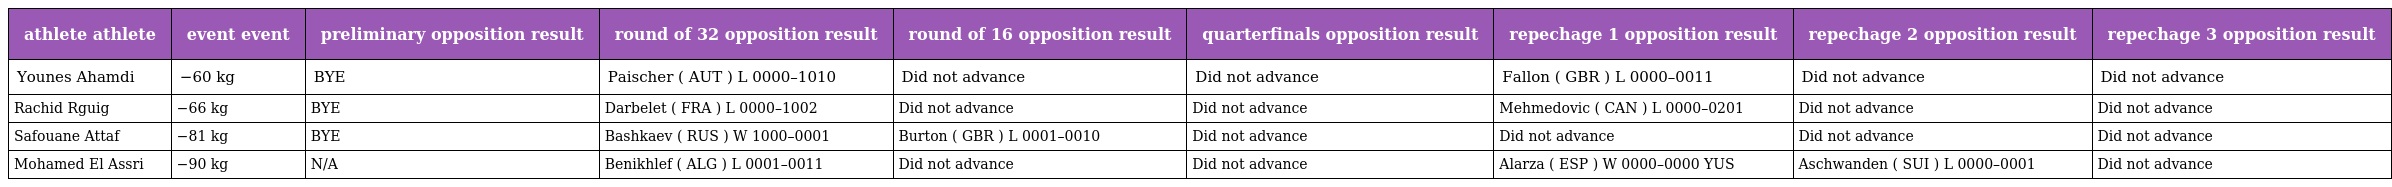
| athlete athlete | event event | preliminary opposition result | round of 32 opposition result | round of 16 opposition result | quarterfinals opposition result | repechage 1 opposition result | repechage 2 opposition result | repechage 3 opposition result |
 | --- | --- | --- | --- | --- | --- | --- | --- | --- |
 | Younes Ahamdi | −60 kg | BYE | Paischer ( AUT ) L 0000–1010 | Did not advance | Did not advance | Fallon ( GBR ) L 0000–0011 | Did not advance | Did not advance |
 | Rachid Rguig | −66 kg | BYE | Darbelet ( FRA ) L 0000–1002 | Did not advance | Did not advance | Mehmedovic ( CAN ) L 0000–0201 | Did not advance | Did not advance |
 | Safouane Attaf | −81 kg | BYE | Bashkaev ( RUS ) W 1000–0001 | Burton ( GBR ) L 0001–0010 | Did not advance | Did not advance | Did not advance | Did not advance |
 | Mohamed El Assri | −90 kg | N/A | Benikhlef ( ALG ) L 0001–0011 | Did not advance | Did not advance | Alarza ( ESP ) W 0000–0000 YUS | Aschwanden ( SUI ) L 0000–0001 | Did not advance |